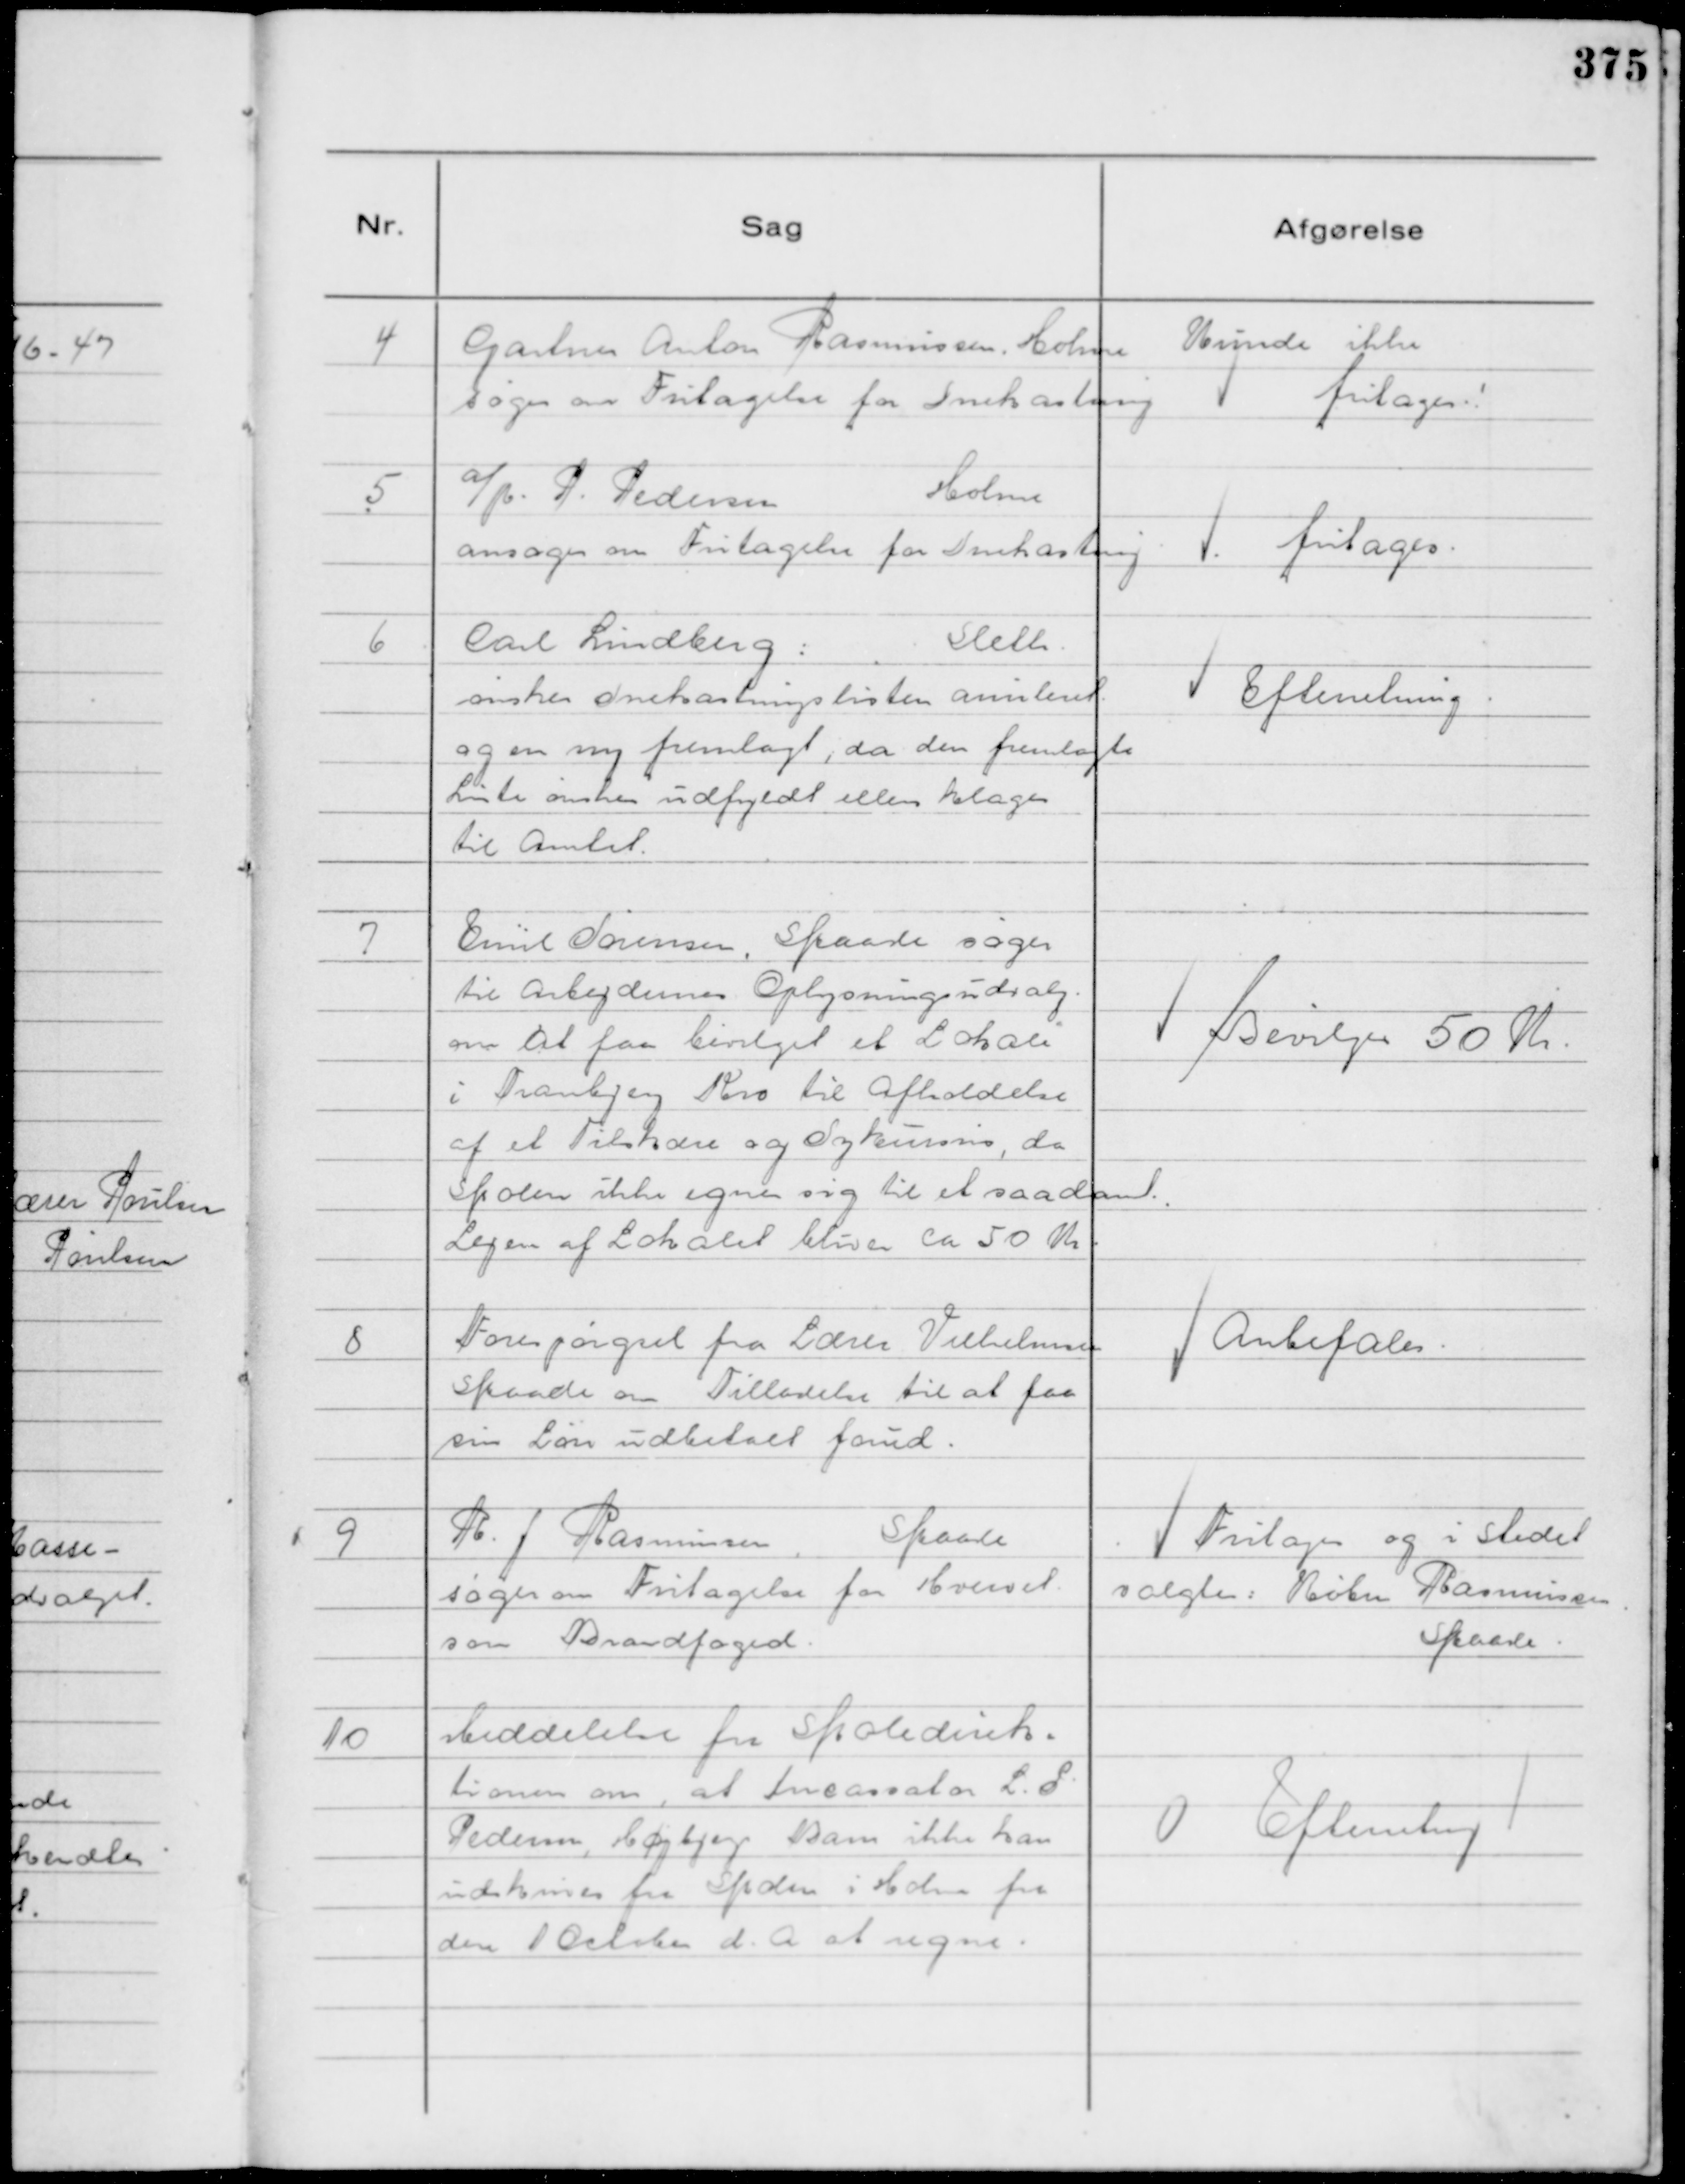
Transskription:
4
Gartner Anton Rasmussen, Holme
søger om Fritagelse for Snekastning

Kunde ikke
fritages.!

5

a/p. P. Pedersen
Holme
ansøger om Fritagelse for Snekastning

fritages.

6
Carl Lindberg:
Sleth.
ønsker Snekastningslisten anuleret.
og en ny fremlagt, da den fremlagte
Liste ønskes udfyldt ellers klages
til Amtet.

Efterretning.

7
Emil Sørensen, Skaade søger
til Arbejdernes Oplysningsudvalg
om at faa bevilget et Lokale
i Tranbjerg Kro til Afholdelse
af et Tilskære og Sykursus, da
Skolen ikke egner sig til saadant.
Lejen af Lokalet bliver ca 50 Kr.

Bevilges 50 Kr.

8
Forespørgsel fra Lærer Vilhelmsen
Skaade om Tilladelse til at faa
sin Løn udbetalt forud.

Anbefales.

9
R. J Rasmussen
Skaade
søger om Fritagelse for Hvervet
som Brandfoged.

Fritages og i Stedet
valgtes: Købm Rasmussen.
Skaade.

10
Meddelelse fra Skoledirek=
tionen om, at Incassator L. S
Pedersen, Højbjerg Barn ikke kan
udskrives fra Skolen i Holme fra
den 1 October d. A at regne.

Efterretng